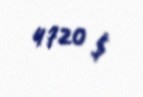
4720 $